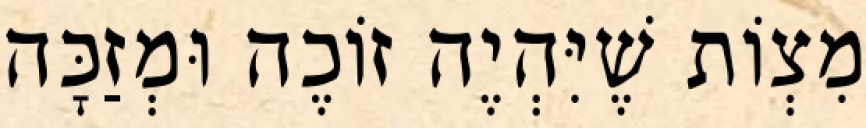
מִצְוֹת שֶׁיִּהְיֶה זוֹכֶה וּמְזַכָּה